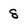
Character: 8